Vaike-Kopu_(Puiatu)_vallavalitsus, lk 40
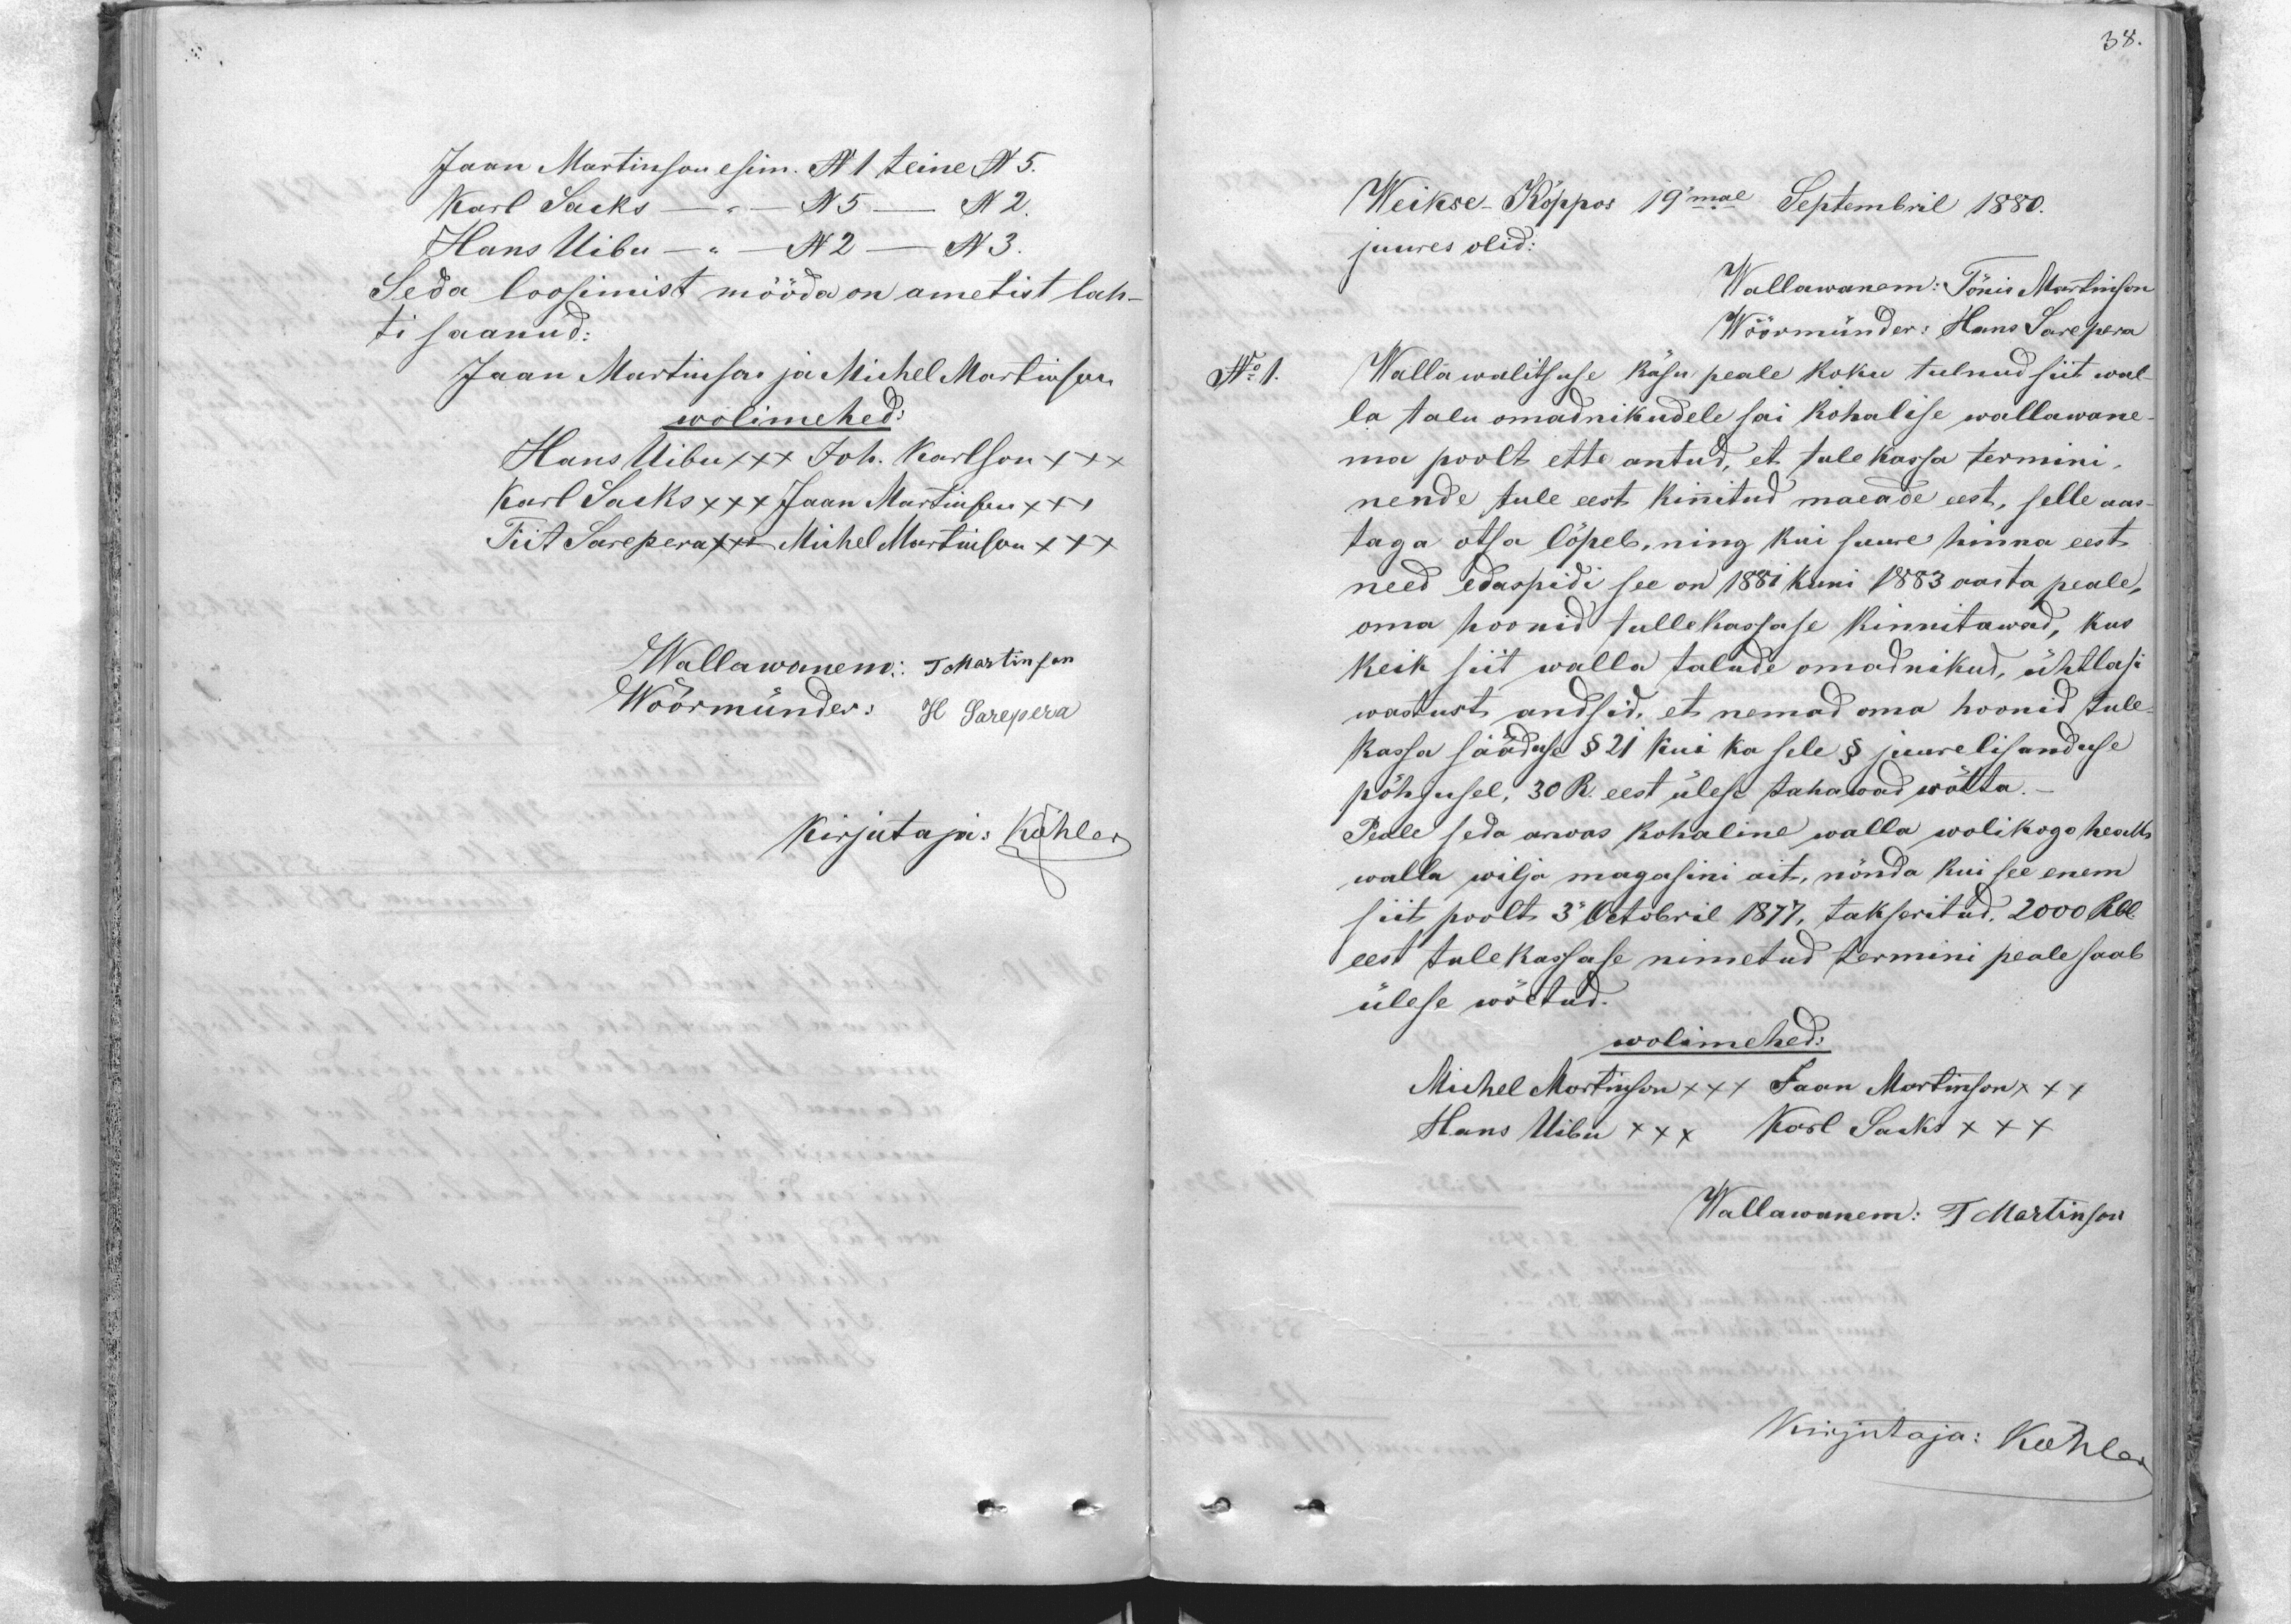
34.

Jaan Martinson esim. No 1 teine No 5.
Karl Sacks - No 5 - No 2.
Hans Uibu - " No 2 - No 3.
Seda loosimist mööda on ametist lah-
ti saanud:
Jaan Martinson ja Michel Martinson
wolimehed:
Hans Uibu +++ Joh. Karlson +++
Karl Sacks xxx Jaan Martinson +++
Tiit Sarepera +++ Mihel Martinson +++
Wallawanem: T Martinson
Wöörmünder: H Sarepera
Kirjutaja: Köhler

Weikse Köppos 19mal Septembril 1880.
juures olid:
Wallawanem: Tönis Martinson
Wöörmünder: Hans Sarepera
Wallawalitsuse käsu peale koku tulnud siit wal-
la talu omadnikudele sai kohalise wallawane
ma poolt ette antud, et tule kassa termini
nende tule eest kinnitud maeade eest, selle aas
taga otsa lõpeb, ning kui suure hinna eest
need edaspidi see on 1881 kuni 1883 aasta peale,
oma hoonid tullekassase kinnitawad, kus
keik siit walla talude omadnikud, ühtlasi
wastust andsid, et nemad oma hoonid tule-
kassa sääduse § 21 Kui ka sele § juurelisanduse
pöhjusel. 30 R. eest ülese tahawad wötta.
Peale seda arvas kohaline walla wolikogu healti
walla wilja magasini ait, nönda kui see enem
siit poolt 3 Octobril 1877, takseritud, 2000 Rbl.
eest tulekassase nimetud termini peale saab
ülese wöetud.
wolimehed:
Michel Martinson +++ Jaan Martinson XXX
Hans Uibu XXX Karl Sacks XXX
Wallawanem: T Martinson
Kirjutaja: Köhler

No 1.